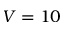
V = 1 0